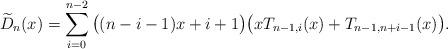
LaTeX: \begin{align*}\widetilde{D}_{n}(x)= \sum_{i=0}^{n-2} \big( (n-i-1)x+i+1 \big) \big( xT_{n-1,i}(x)+T_{n-1,n+i-1}(x) \big).\end{align*}